Report on sanitation, dispensaries, and jails in Rajputana for 1909, and on vaccination for the year 1909-1910 - 1909-1910
Year: 1909
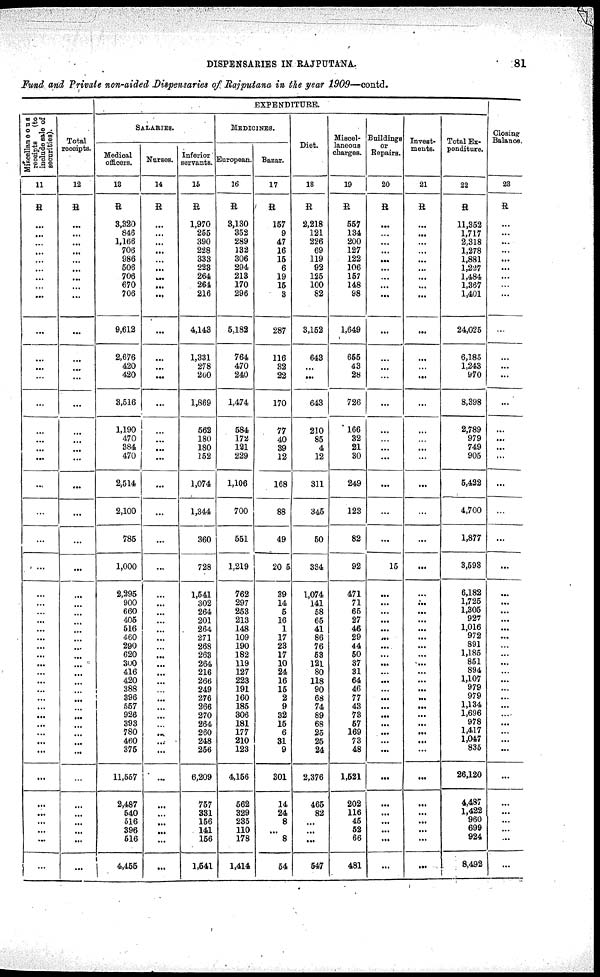
DISPENSARIES IN RAJPUTANA.
81
Fund and Private non-aided Dispensaries of Rajputana in the year 1909—contd.
EXPENDITURE.
Miscellaneous
receipts
(to
include sale of
securities).
11
R
...
...
...
...
...
...
...
...
...
...
...
...
...
...
...
...
...
...
...
...
...
...
...
...
...
...
...
...
...
...
...
...
...
...
...
...
...
...
...
...
...
...
...
...
...
...
...
...
Total
receipts.
12
R
...
...
...
...
...
...
...
...
...
...
...
...
...
...
...
...
...
...
...
...
...
...
...
...
...
...
...
...
...
...
...
...
...
...
...
...
...
...
...
...
...
...
...
...
...
...
...
...
SALARIES.
Medical
officers.
13
R
3,320
846
1,166
706
986
506
706
670
706
9,612
2,676
420
420
3,516
1,190
470
384
470
2,514
2,100
785
1,000
2,295
900
660
405
516
460
290
620
300
416
420
388
396
557
926
393
780
460
375
11,557
2,487
540
516
396
516
4,455
Nurses.
14
R
...
...
...
...
...
...
...
...
...
...
...
...
...
...
...
...
...
...
...
...
...
...
...
...
...
...
...
...
...
...
...
...
...
...
...
...
...
...
...
...
...
...
...
...
...
...
...
...
Inferior
servants.
15
R
1,970
255
390
228
333
223
264
264
216
4,143
1,331
278
260
1,869
562
180
180
152
1,074
1,344
360
728
1,541
302
264
201
264
271
268
263
264
216
266
249
276
266
270
264
260
248
256
6,209
757
331
156
141
156
1,541
MEDICINES.
European.
16
R
3,130
352
289
132
306
294
213
170
296
5,182
764
470
240
1,474
584
172
121
229
1,106
700
551
1,219
762
297
253
213
148
109
190
182
119
127
223
191
160
185
306
181
177
210
123
4,156
562
329
235
110
178
1,414
Bazar.
17
R
157
9
47
16
15
6
19
15
3
287
116
32
22
170
77
40
39
12
168
88
49
205
39
14
5
16
1
17
23
17
10
24
16
15
2
9
32
15
6
31
9
301
14
24
8
...
8
54
Diet.
18
R
2,218
121
226
69
119
92
125
100
82
3,152
643
...
...
643
210
85
4
12
311
345
50
334
1,074
141
58
65
41
86
76
53
121
80
118
90
68
74
89
68
25
25
24
2,376
465
82
...
...
...
547
Miscel-
laneous
charges.
19
R
557
134
200
127
122
106
157
148
98
1,649
655
43
28
726
166
32
21
30
249
123
82
92
471
71
65
27
46
29
44
50
37
31
64
46
77
43
73
57
169
73
48
1,521
202
116
45
52
66
481
Buildings
or
Repairs.
20
R
...
...
...
...
...
...
...
...
...
...
...
...
...
...
...
...
...
...
...
...
...
15
...
...
...
...
...
...
...
...
...
...
...
...
...
...
...
...
...
...
...
...
...
...
...
...
...
...
Invest-
ments.
21
R
...
...
...
...
...
...
...
...
...
...
...
...
...
...
...
...
...
...
...
...
...
...
...
...
...
...
...
...
...
...
...
...
...
...
...
...
...
...
...
...
...
...
...
...
...
...
...
...
Total Ex-
penditure.
22
R
11,352
1,717
2,318
1,278
1,881
1,227
1,484
1,367
1,401
24,025
6,185
1,243
970
8,398
2,789
979
749
905
5,422
4,700
1,877
3,593
6,182
1,725
1,305
927
1,016
972
891
1,185
851
894
1,107
979
979
1,134
1,696
978
1,417
1,047
835
26,120
4,487
1,422
960
699
924
8,492
Closing
Balance.
23
R
...
...
...
...
...
...
...
...
...
...
...
...
...
...
...
...
...
...
...
...
...
...
...
...
...
...
...
...
...
...
...
...
...
...
...
...
...
...
...
...
...
...
...
...
...
...
...
...